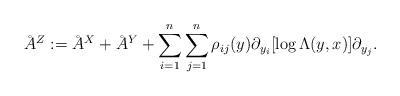
LaTeX: \begin{align*} \AA^Z := \AA^X + \AA^Y + \sum_{i = 1}^n \sum_{j = 1}^n \rho_{ij}(y) \partial_{y_i}[\log \Lambda(y, x)] \partial_{y_j}.\end{align*}